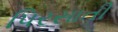
પિરસાતી